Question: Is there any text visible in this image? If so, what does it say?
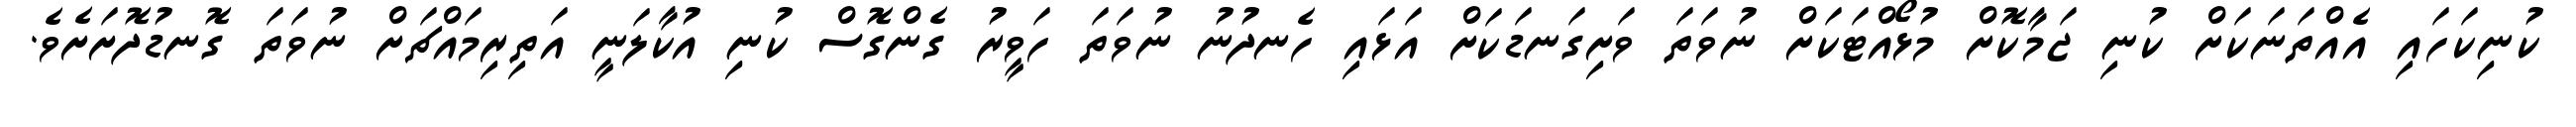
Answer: ކުނިކަހައި އެއްތަނަކަށް ކުނި ޖަމާކޮށް މުޅޯއްޓަކަށް ނުވަތަ ވަށިގަނޑަކަށް އަޅައި ހެނދުނު ނުވަތަ ހަވީރު ގެންގޮސް ކުނި އުކާލަނީ އަތިރިމައްޗަށް ނުވަތަ ގޮނޑުދޮށަށެވެ.